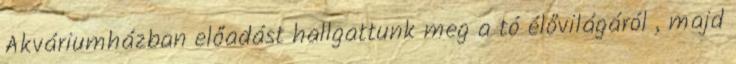
Akváriumházban előadást hallgattunk meg a tó élővilágáról , majd